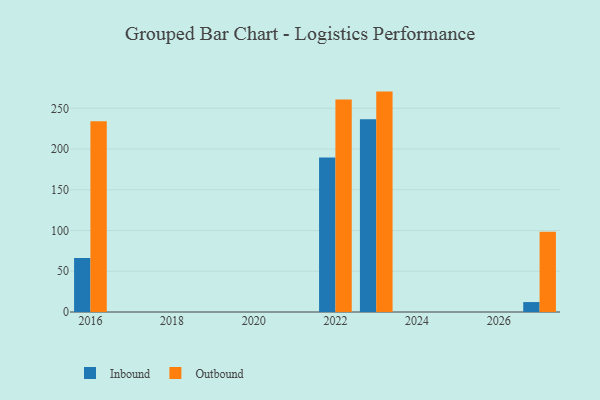
{"axis": {"x": "Year", "y": "Customer Acquisition Cost (USD)"}, "legend": ["Inbound", "Outbound"], "data": [{"x": "2016", "y": 66.3, "type": "Inbound"}, {"x": "2016", "y": 234.0, "type": "Outbound"}, {"x": "2022", "y": 189.7, "type": "Inbound"}, {"x": "2022", "y": 260.8, "type": "Outbound"}, {"x": "2027", "y": 12.2, "type": "Inbound"}, {"x": "2027", "y": 98.6, "type": "Outbound"}, {"x": "2023", "y": 236.5, "type": "Inbound"}, {"x": "2023", "y": 270.5, "type": "Outbound"}]}